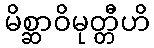
မိစ္ဆာဝိမုတ္တီဟိ